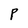
Character: P